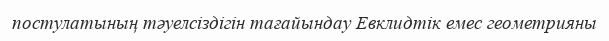
постулатының тәуелсіздігін тағайындау Евклидтік емес геометрияны